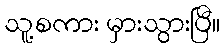
သူ့စကား မှားသွားပြီ။